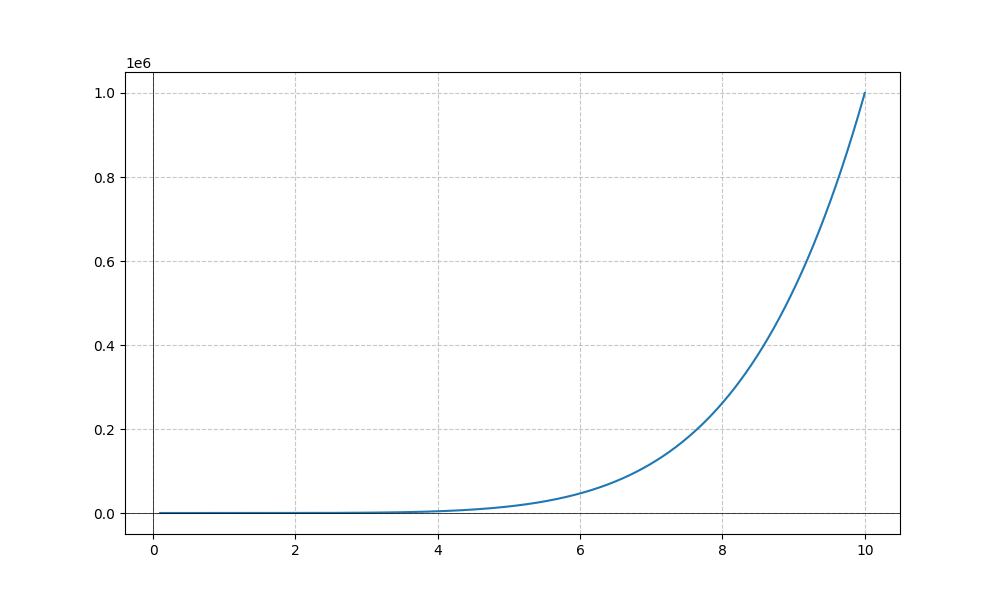
LaTeX formula: x^{6}